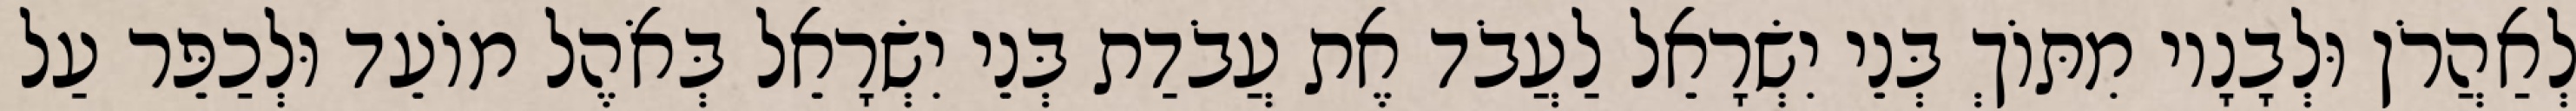
לְאַהֲרֹן וּלְבָנָיו מִתּוֹךְ בְּנֵי יִשְׂרָאֵל לַעֲבֹד אֶת עֲבֹדַת בְּנֵי יִשְׂרָאֵל בְּאֹהֶל מוֹעֵד וּלְכַפֵּר עַל